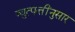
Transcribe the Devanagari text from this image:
व्युत्पत्तींनुसार